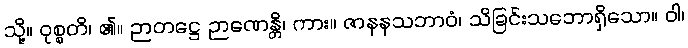
သို့။ ဝုစ္စတိ၊ ၏။ ဉာတဋ္ဌေ ဉာဏေန္တိ၊ ကား။ ဇာနနသဘာဝံ၊ သိခြင်းသဘောရှိသော။ ဝါ၊